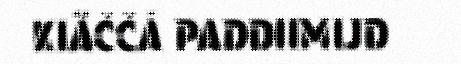
KIÄČČÁ PADDIIMIJD